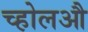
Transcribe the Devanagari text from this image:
च्होलऔ